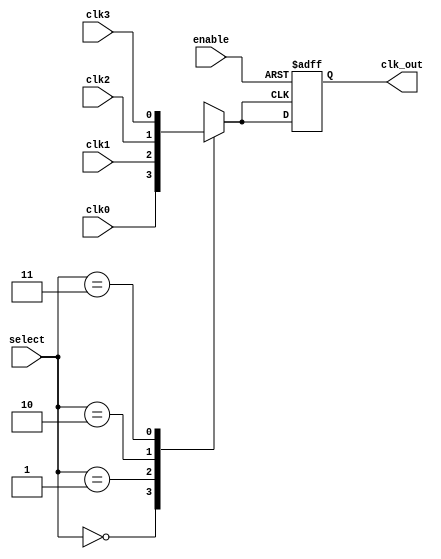
module clock_mux_buffer (
    input wire clk0,         // Clock input 0
    input wire clk1,         // Clock input 1
    input wire clk2,         // Clock input 2
    input wire clk3,         // Clock input 3 (extendable for more clocks)
    input wire [1:0] select, // 2-bit selection input (4 clock inputs)
    input wire enable,       // Enable signal
    output reg clk_out       // Clock output
);

// Internal signal to hold the selected clock
reg selected_clk;

// Multiplexer logic to select the clock based on the select line
always @(*) begin
    case (select)
        2'b00: selected_clk = clk0;
        2'b01: selected_clk = clk1;
        2'b10: selected_clk = clk2;
        2'b11: selected_clk = clk3;
        default: selected_clk = 1'b0;
    endcase
end

// Buffering and enabling logic
always @(posedge selected_clk or negedge enable) begin
    if (!enable) begin
        clk_out <= 1'bz; // High-impedance state when not enabled
    end else begin
        clk_out <= selected_clk; // Route selected clock to output
    end
end

endmodule